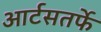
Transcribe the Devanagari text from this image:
आर्टसतर्फे